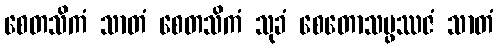
စေတသိကံ သာတံ စေတသိကံ သုခံ စေတောသမ္ဖဿဇံ သာတံ